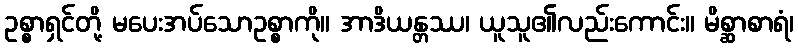
ဥစ္စာရှင်တို့ မပေးအပ်သောဥစ္စာကို။ အာဒိယန္တဿ၊ ယူသူ၏လည်းကောင်း။ မိစ္ဆာစာရံ၊